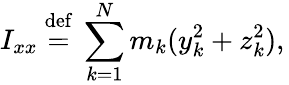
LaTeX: I_{xx}\ {\stackrel{\mathrm{def}}{=}}\ \sum_{k=1}^{N}m_{k}(y_{k}^{2}+z_{k}^{2}),\,